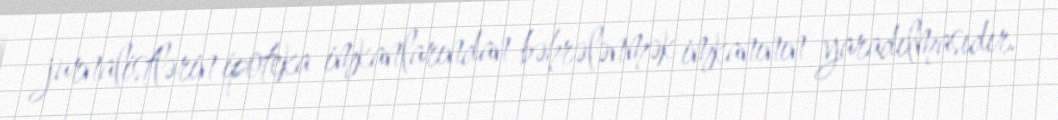
jurnalistlərin ipoteka imkanlarından bəhrələnmək imkanının yaradılmasıdır.